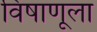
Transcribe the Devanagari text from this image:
विषाणूला